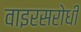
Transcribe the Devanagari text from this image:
वाइरसरोधी